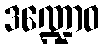
ဒဏ္ဍောဝ